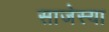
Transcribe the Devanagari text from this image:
साजेस्या